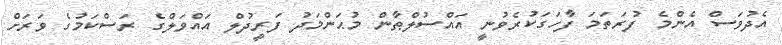
އެދުވަސް އެންމެ ފުރަތަމަ ފާހަގަކުރެވުނީ އައްސުލްޠާން މުޙަންމަދު ފަރީދުލް އައްވަލްގެ ރަސްކަމުގެ ވަރަށް